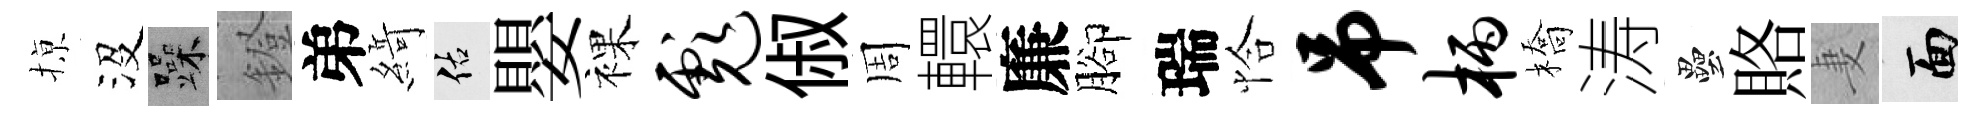
𢱊沒躁鐙弟𦂶佑嬰裸彪俶周轘廉腳瑞恰吊柄橋涛壘賂妻面